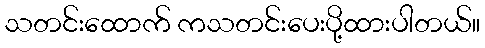
သတင်းထောက် ကသတင်းပေးပို့ထားပါတယ်။